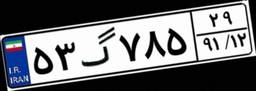
۸۰گ۰۰۵۹۰